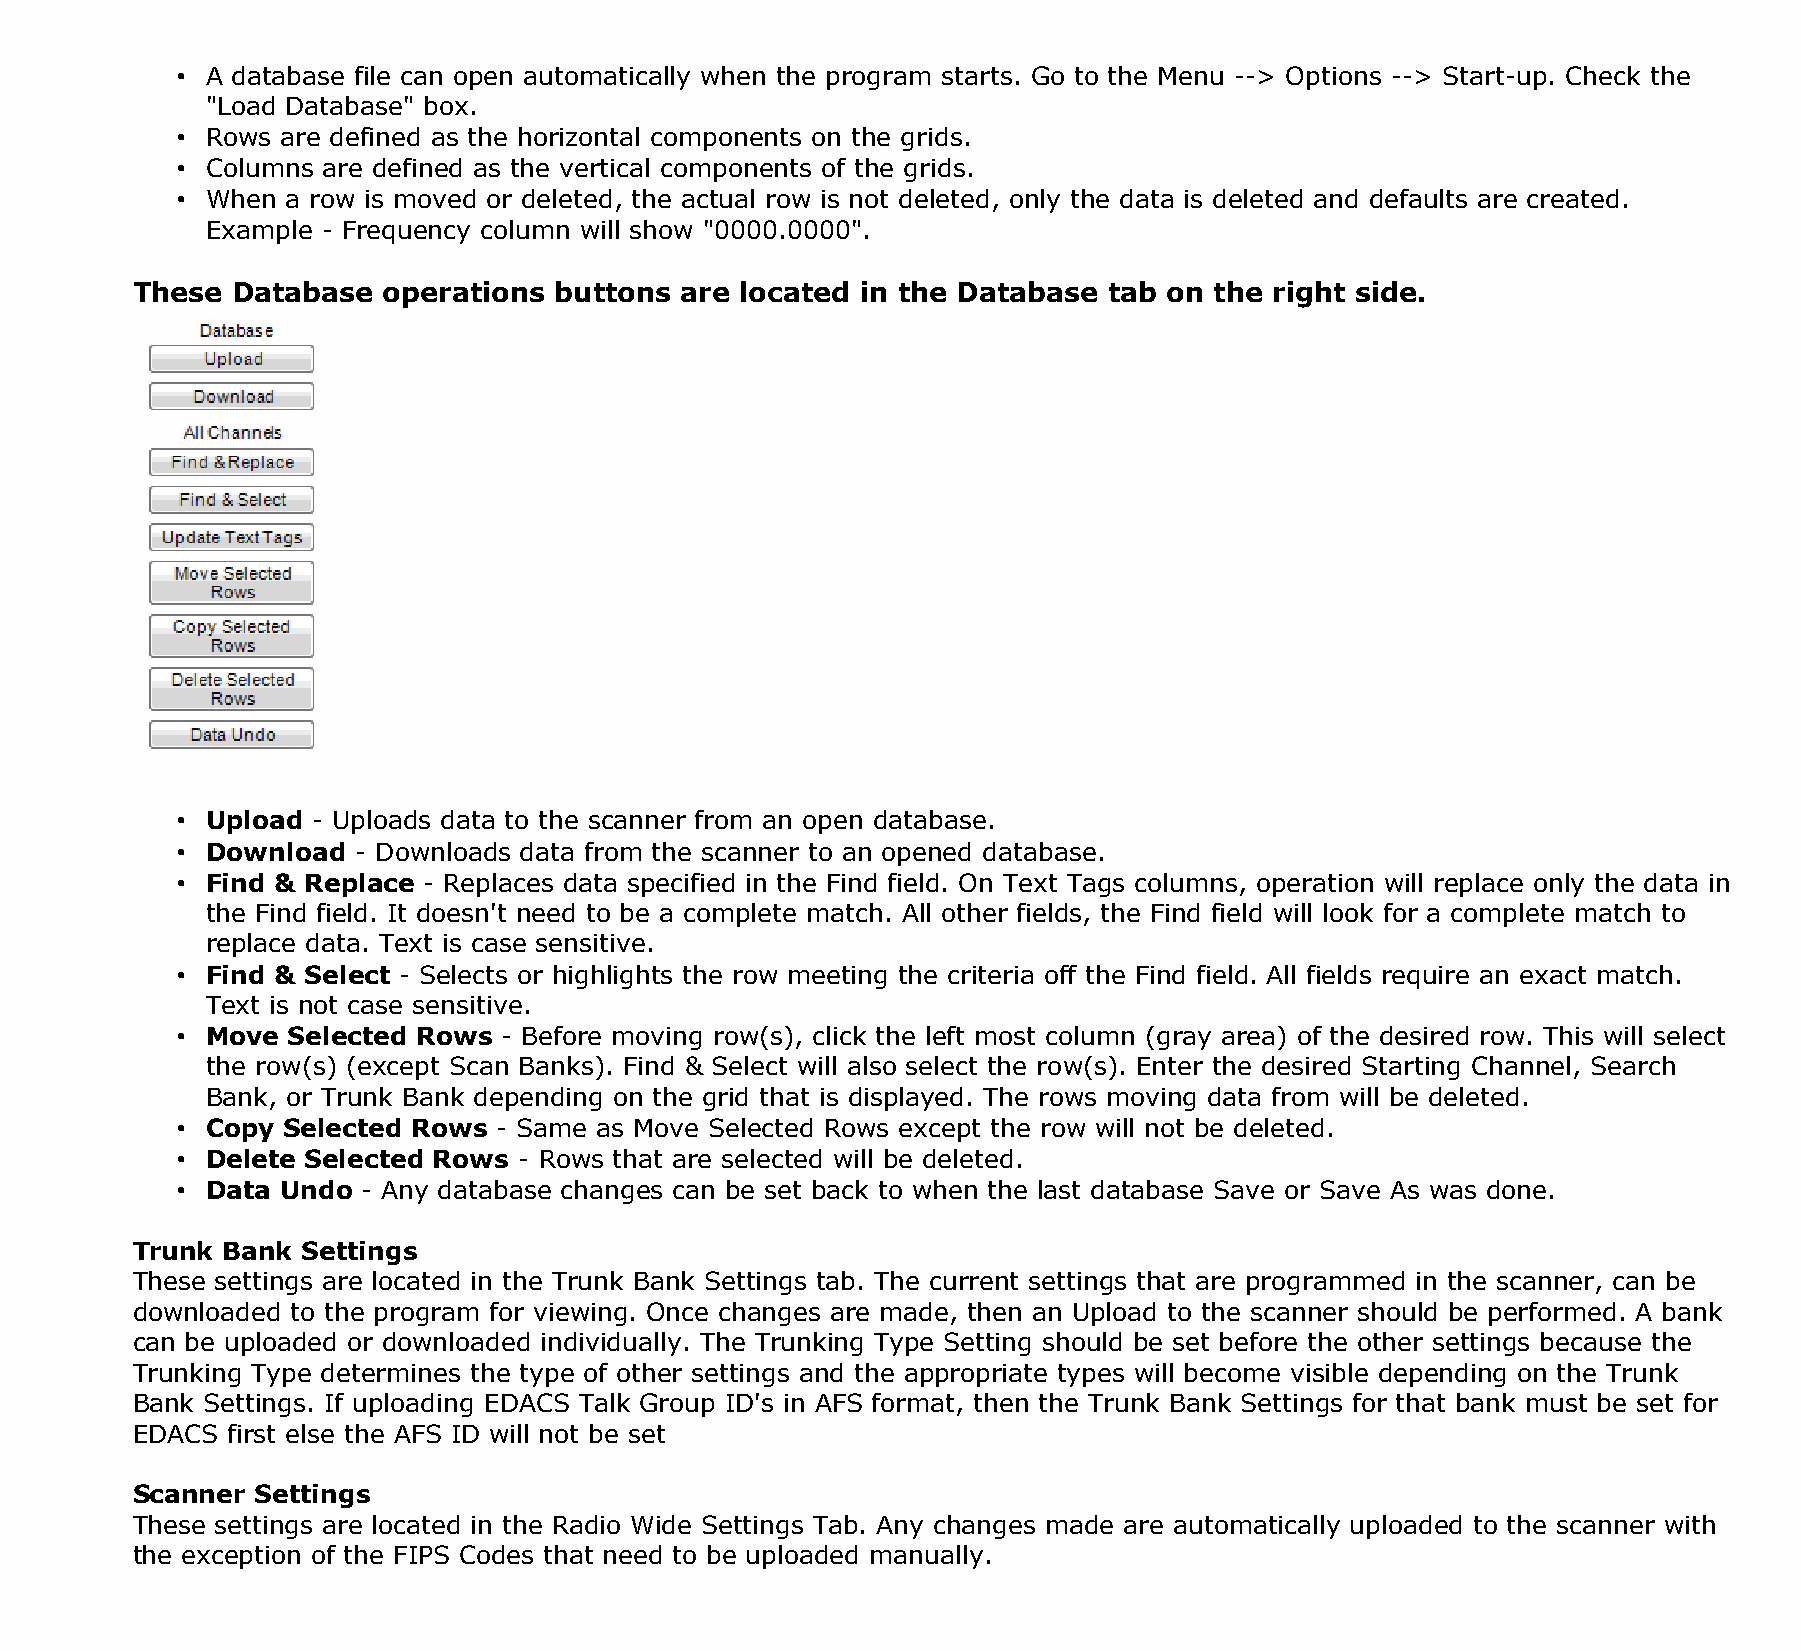
• A database file can open automatically when the program starts. Go to the Menu --> Options --> Start-up. Check the
 "Load Database" box.
 • Rows are defined as the horizontal components on the grids.
 • Columns are defined as the vertical components of the grids.
 • When a row is moved or deleted, the actual row is not deleted, only the data is deleted and defaults are created.
 Example - Frequency column will show "0000.0000".
 These Database  operations  buttons are located in the Database tab on the right side.
 • Upload - Uploads data to the scanner from an open database.
 • Download  - Downloads data from the scanner to an opened database.
 • Find & Replace - Replaces data specified in the Find field. On Text Tags columns, operation will replace only the data in
 the Find field. It doesn't need to be a complete match. All other fields, the Find field will look for a complete match to
 replace data. Text is case sensitive.
 • Find & Select - Selects or highlights the row meeting the criteria off the Find field. All fields require an exact match.
 Text is not case sensitive.
 • Move Selected Rows - Before moving row(s), click the left most column (gray area) of the desired row. This will select
 the row(s) (except Scan Banks). Find & Select will also select the row(s). Enter the desired Starting Channel, Search
 Bank, or Trunk Bank depending on the grid that is displayed. The rows moving data from will be deleted.
 • Copy Selected Rows - Same as Move Selected Rows except the row will not be deleted.
 • Delete Selected Rows - Rows that are selected will be deleted.
 • Data Undo - Any database changes can be set back to when the last database Save or Save As was done.
 Trunk Bank Settings
 These settings are located in the Trunk Bank Settings tab. The current settings that are programmed in the scanner, can be
 downloaded to the program for viewing. Once changes are made, then an Upload to the scanner should be performed. A bank
 can be uploaded or downloaded individually. The Trunking Type Setting should be set before the other settings because the
 Trunking Type determines the type of other settings and the appropriate types will become visible depending on the Trunk
 Bank Settings. If uploading EDACS Talk Group ID's in AFS format, then the Trunk Bank Settings for that bank must be set for
 EDACS first else the AFS ID will not be set
 Scanner Settings
 These settings are located in the Radio Wide Settings Tab. Any changes made are automatically uploaded to the scanner with
 the exception of the FIPS Codes that need to be uploaded manually.